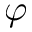
{ \varphi }